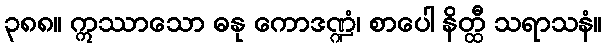
၃၈၈။ ဣဿာသော ဓနု ကောဒဏ္ဍံ၊ စာပေါ နိတ္ထီ သရာသနံ။